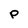
Character: P